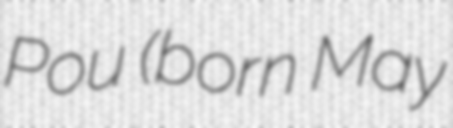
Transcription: Pou (born May